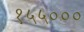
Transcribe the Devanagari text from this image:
१५५०००